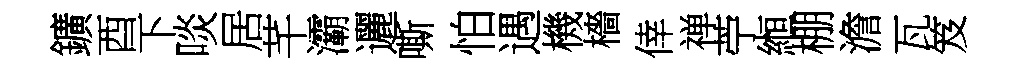
鑛酉下啖居芊灞邐嘶怕遇機檣倖禅苧縆棚澹瓦笈